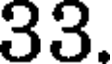
33.